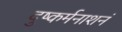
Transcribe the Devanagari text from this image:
दुष्कर्मनाशनं